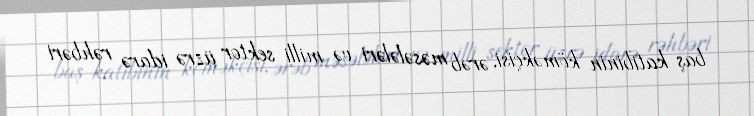
baş katibinin köməkçisi, ərəb məsələləri və milli sektor üzrə idarə rəhbəri